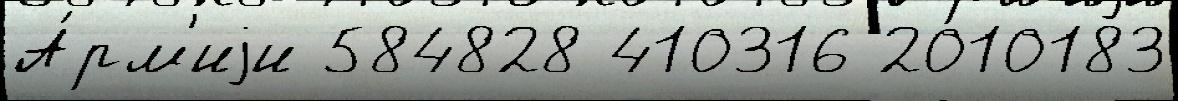
А́рм'иjи 584828 410316 2010183